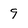
Character: 9